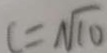
c = \sqrt { 1 0 }